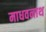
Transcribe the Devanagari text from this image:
माधवनाथ